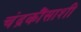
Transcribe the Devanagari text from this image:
चंद्रकौंसाशी